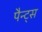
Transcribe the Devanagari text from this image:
पैन्ट्स